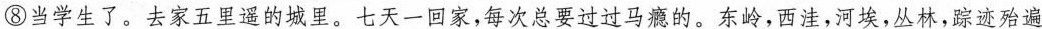
⑧当学生了。去家五里遥的城里。七天一回家,每次总要过过马瘾的。东岭,西洼,河埃,丛林,踪迹殆遍